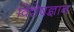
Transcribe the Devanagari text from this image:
विशेषज्ञान